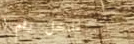
مدخل رقم ١